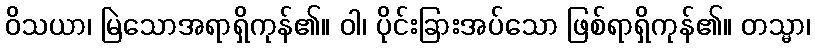
ဝိသယာ၊ မြဲသောအရာရှိကုန်၏။ ဝါ၊ ပိုင်းခြားအပ်သော ဖြစ်ရာရှိကုန်၏။ တသ္မာ၊